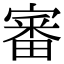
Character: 審